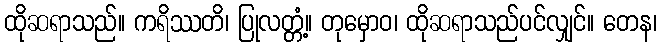
ထိုဆရာသည်။ ကရိဿတိ၊ ပြုလတ္တံ့။ တုမှောဝ၊ ထိုဆရာသည်ပင်လျှင်။ တေန၊